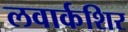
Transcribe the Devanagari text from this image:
लवार्कशिर